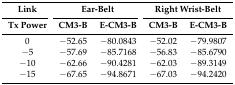
<table><thead><tr><td><b>Link</b></td><td colspan="2"><b>Ear-Belt</b></td><td colspan="2"><b>Right Wrist-Belt</b></td></tr><tr><td><b>Tx Power</b></td><td><b>CM3-B</b></td><td><b>E-CM3-B</b></td><td><b>CM3-B</b></td><td><b>E-CM3-B</b></td></tr></thead><tbody><tr><td>0</td><td>−52.65</td><td>−80.0843</td><td>−52.02</td><td>−79.9807</td></tr><tr><td>−5</td><td>−57.69</td><td>−85.7168</td><td>−56.83</td><td>−85.6790</td></tr><tr><td>−10</td><td>−62.66</td><td>−90.4281</td><td>−62.03</td><td>−89.3149</td></tr><tr><td>−15</td><td>−67.65</td><td>−94.8671</td><td>−67.03</td><td>−94.2420</td></tr></tbody></table>